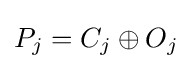
P_{j}=C_{j}\oplus O_{j}